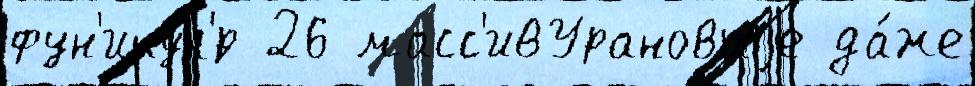
фун'икул'́р 26 масс'ивУрановыjе да́же